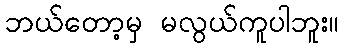
ဘယ်တော့မှ မလွယ်ကူပါဘူး။